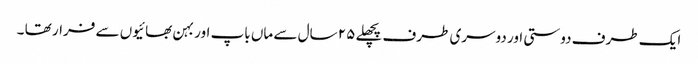
ایک طرف دوستی اور دوسری طرف پچھلے ٢۵ سال سے ماں باپ اور بہن بھائیوں سے فرار تھا ۔